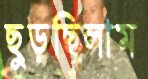
ছুড়ছিলাম